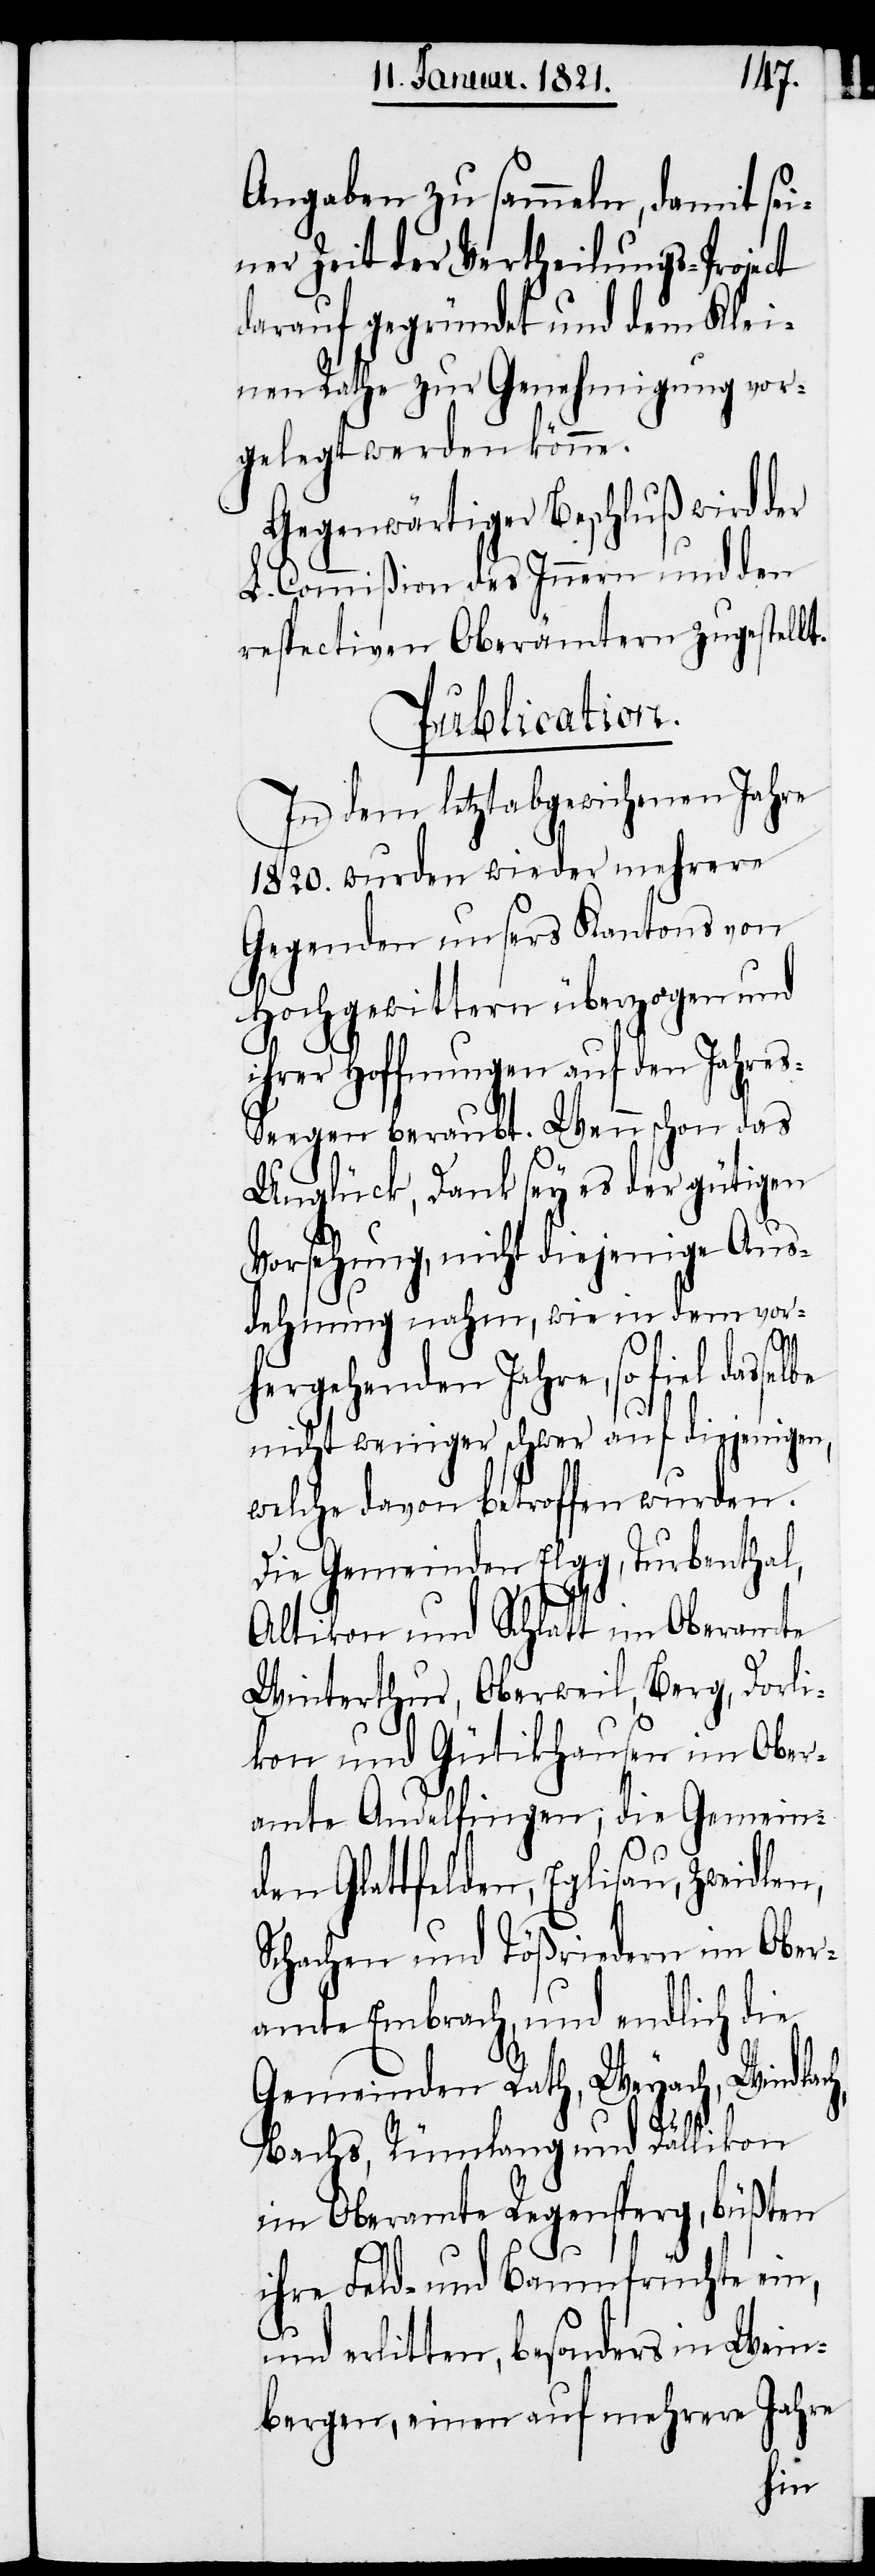
Angaben zu sammeln, damit sei¬
ner Zeit der Vertheilungs-Project
darauf gegründet und dem Klei¬
nen Rathe zur Genehmigung vor¬
gelegt werden könne.
Gegenwärtiger Beschluß wird der
L. Commißion des Innern und den
respectiven Oberämtern zugestellt.
Publication.
In dem letztabgewichenen Jahre
1820. wurden wieder mehrere
Gegenden unsers Kantons von
Hochgewittern überzogen und
ihrer Hoffnungen auf den Jahre¬
s-Seegen beraubt. Wenn schon das
Unglück, Dank sey es der gütigen
Vorsehung, nicht diejenige Aus¬
dehnung nahm, wie in dem vor¬
h,
hergehenden Jahre, so fiel
nicht weniger schwer auf diejenigen,
welche davon betroffen wurden.
Die Gemeinden Elgg, Turbenthal,
Altikon und Schlatt im Oberamte
Winterthur, Oberweil, Berg, Dorli¬
kon und Gütikhausen im Ober¬
amte Andelfingen; die Gemein¬
den Glattfelden, Eglisau, Zweidle¬
Schachen und Tößrieden im Ober¬
amte Embrach, und endlich die
Gemeinden Rath, Weyach, Windlac¬
Bachs, Rümlang und Dällikon
im Oberamte Regensperg, büßten
ihre Feld- und Baumfrüchte ein,
und erlitten, besonders in Wein¬
bergen, einen auf mehrere Jahre